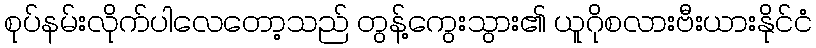
စုပ်နမ်းလိုက်ပါလေတော့သည် တွန့်ကွေးသွား၏ ယူဂိုစလားဗီးယားနိုင်ငံ